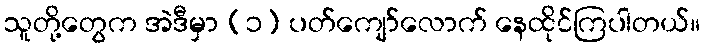
သူတို့တွေက အဲဒီမှာ (၁) ပတ်ကျော်လောက် နေထိုင်ကြပါတယ်။